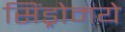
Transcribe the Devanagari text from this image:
सिंड्रोमये